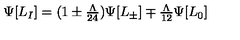
\Psi [ L _ { I } ] = ( 1 \pm { \textstyle { \frac { \Lambda } { 2 4 } } } ) \Psi [ L _ { \pm } ] \mp { \textstyle { \frac { \Lambda } { 1 2 } } } \Psi [ L _ { 0 } ]